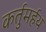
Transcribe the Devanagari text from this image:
कर्तुमर्हथ